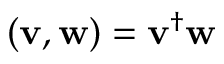
( \mathbf { v } , \mathbf { w } ) = \mathbf { v } ^ { \dag } \mathbf { w }